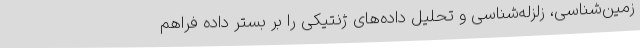
زمین‌شناسی، زلزله‌شناسی و تحلیل داده‌های ژنتیکی را بر بستر داده فراهم